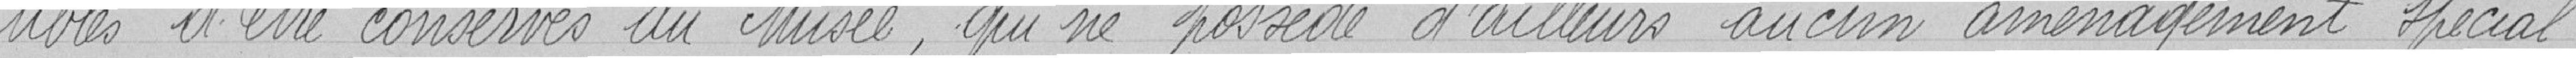
-tibles d'être conservés au Musée, qui ne possède  d'ailleurs aucun aménagement spécial